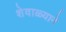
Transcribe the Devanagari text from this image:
शेवाळ्याने